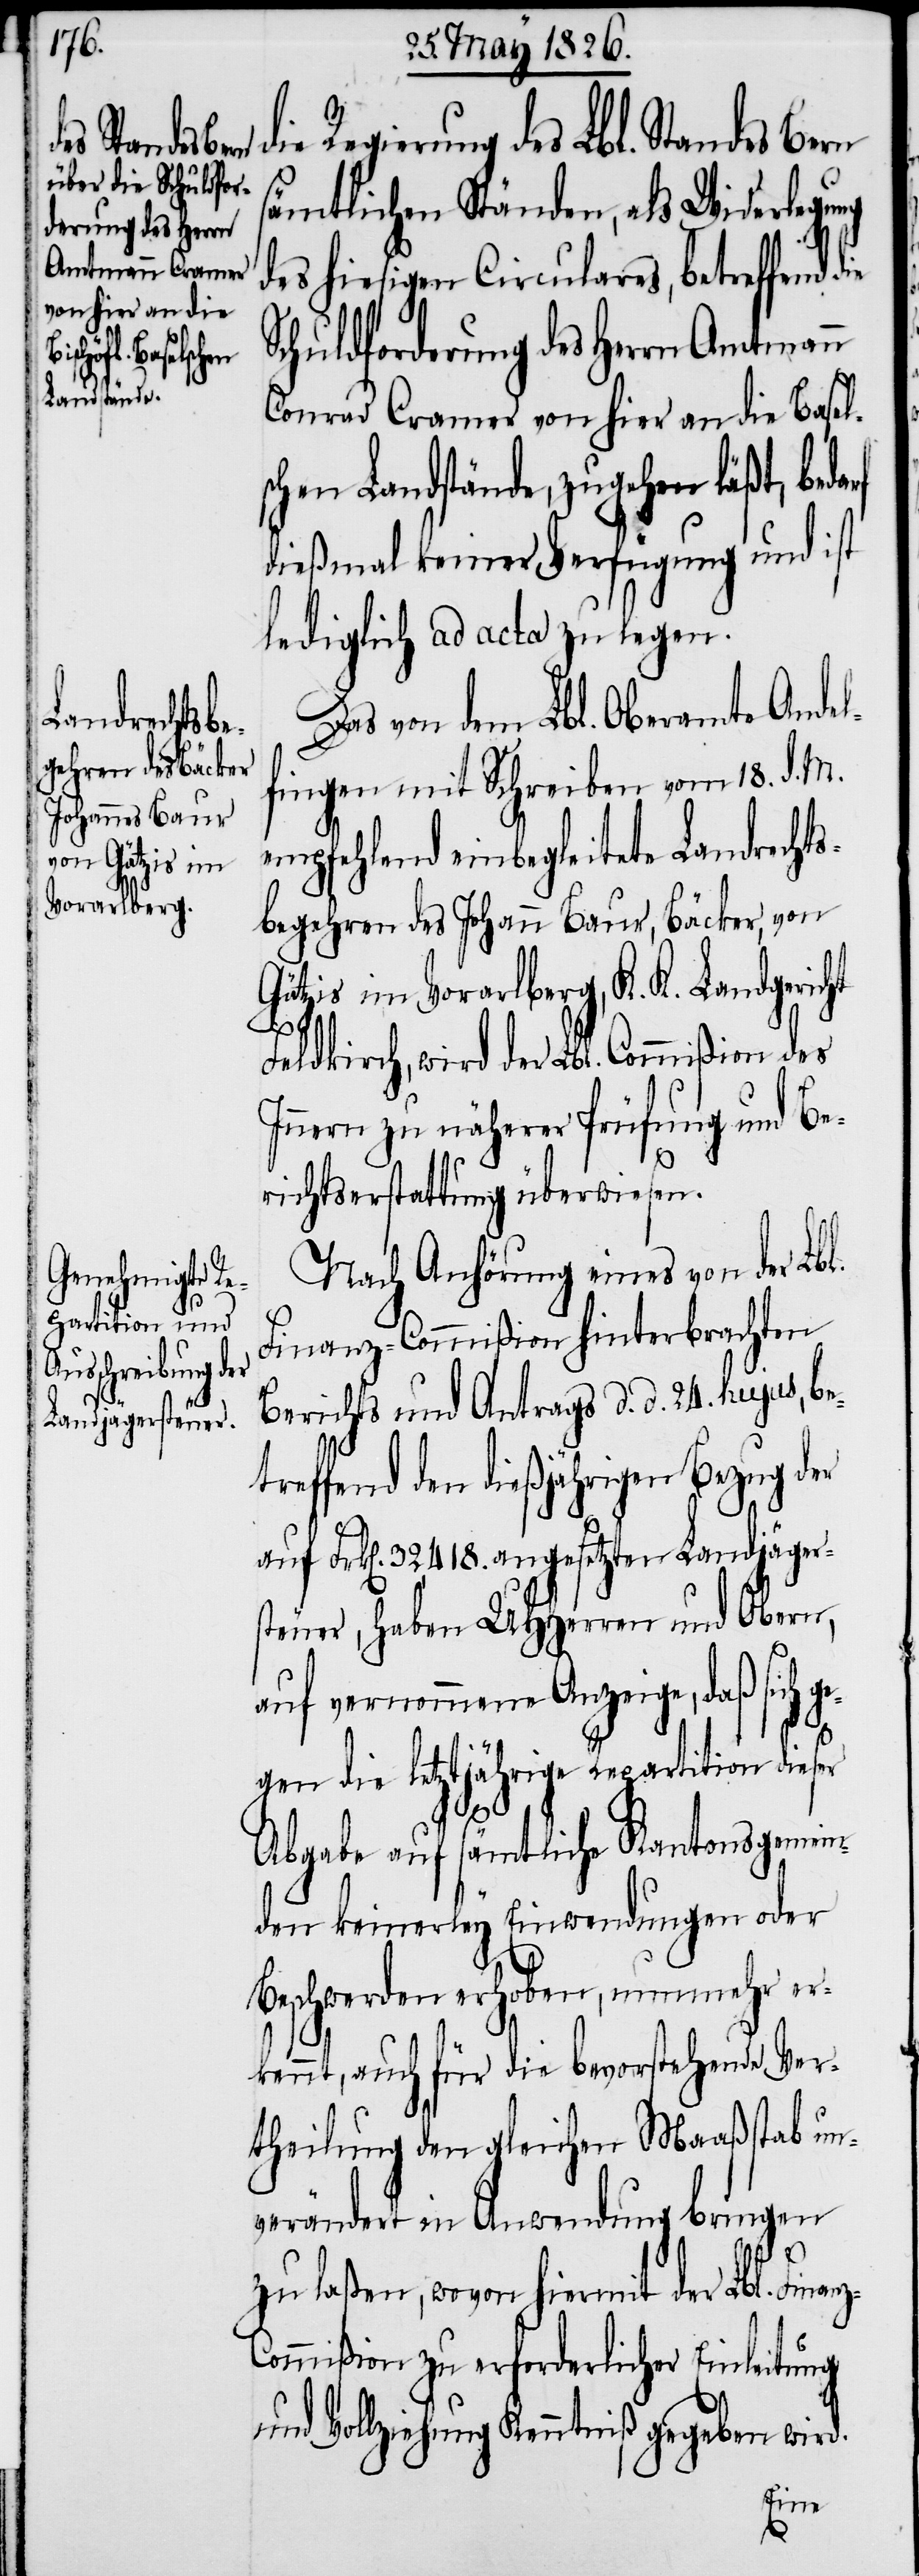
Regierung des Lbl. Standes Bern
sämtlichen Ständen, als Widerlegung
des hiesigen Circulares, betreffend
Schuldforderung des Herrn Amtmann
Conrad Cramer von hier an die Basel¬
schen Landstände, zugehen läßt, bed¬
dießmal keiner Verfügung und ist
lediglich ad acta zu legen.
Das von dem Lbl. Oberamte Andel¬
fingen mit Schreiben vom 18. d. M.
empfehlend einbegleitete Landrechts¬
begehren des Johann Baur, Bäcker, von
Götzis im Vorarlberg, K. K. Landgericht
anz-C¬
Feldkirch, wird der Lbl. Commißion des
Innern zu näherer Prüfung und Be¬
richtserstattung überwiesen.
Nach Anhörung eines von der Lb¬
Finanz-Commißion hinterbrachten
Berichts und Antrags d. d. 24. hujus, be¬
treffend den dießjährigen Bezug der
auf Frk[en]. 32 418. angesetzten Landjäger¬
steuer, haben UHHerren und Obern,
auf vernommene Anzeige, daß sich g¬
egen die letztjährige Repartition dieser
l.
Abgabe auf sämtliche Kantonsgemein¬
den keinerley Einwendungen oder
Beschwerden erhoben, nunmehr er¬
kennt, auch für die bevorstehende Ver¬
theilung den gleichen Maaßstab un¬
verändert in Anwendung bringen
zu laßen, wovon hiermit der Lbl. Fin¬
ommißion zu erforderlicher Einleitung
und Vollziehung Kenntniß gegeben wird.